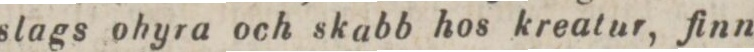
slags ohyra och skabb hos kreatur, finnes